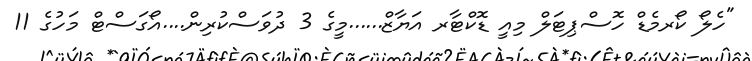
"ހެލޯ ކޯރމެޑް ހޮސްޕިޓަލް މިއީ ޑޮކްޓާރ އަޔާޒް......މީގެ 3 ދުވަސްކުރިން....އޯގަސްޓް މަހުގެ 11